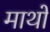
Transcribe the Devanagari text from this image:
माथों